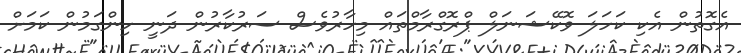
އެގޮތުން އެކި ކަހަލަ ވޮކޭޝަނަލް ޕްރޮގްރާމްތައް މިހާރުވެސް ސަރުކާރުން ދަނީ ހިންގަމުން ކަމަށް